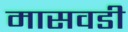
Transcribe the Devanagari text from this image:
मासवडी